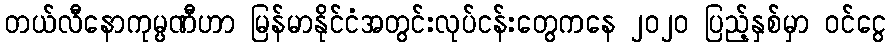
တယ်လီနောကုမ္ပဏီဟာ မြန်မာနိုင်ငံအတွင်းလုပ်ငန်းတွေကနေ ၂၀၂၀ ပြည့်နှစ်မှာ ဝင်ငွေ